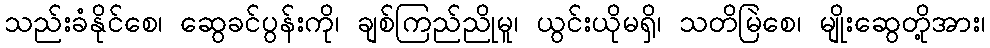
သည်းခံနိုင်စေ၊ ဆွေခင်ပွန်းကို၊ ချစ်ကြည်ညိုမူ၊ ယွင်းယိုမရှိ၊ သတိမြဲစေ၊ မျိုးဆွေတို့အား၊